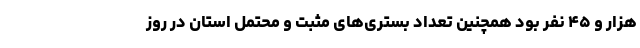
هزار و ۴۵ نفر بود همچنین تعداد بستری‌های مثبت و محتمل استان در روز